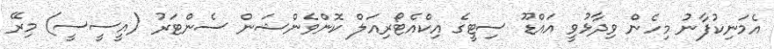
އެމަނިކުފާނު މިހެން ވިދާޅުވީ އައްޑޫ ސިޓީގެ އިކްއެޓޯރިއަލް ކޮންވެންޝަން ސެންޓަރު (އީސީސީ) މިރޭ